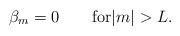
LaTeX: \begin{align*}\beta_m=0\qquad\mbox{for}|m|>L.\end{align*}